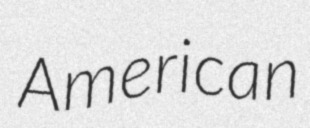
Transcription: American